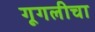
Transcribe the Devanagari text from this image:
गूगलीचा